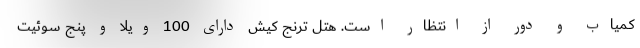
کمیاب و دور از انتظار است. هتل ترنج کیش دارای 100 ویلا و پنج سوئیت